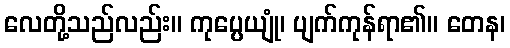
လေတို့သည်လည်း။ ကုပ္ပေယျုံ၊ ပျက်ကုန်ရာ၏။ တေန၊